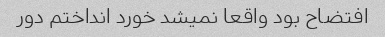
افتضاح بود واقعا نمیشد خورد انداختم دور